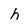
Character: h